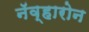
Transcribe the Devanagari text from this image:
नॅव्हारोन